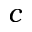
c